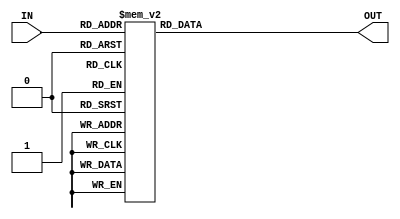
`timescale 1ns / 1ps

 


module DECODER (
input [3:0] IN,
output reg [15:0] OUT
);

localparam SORRYBUTSHIFTED= 16'b0000_0000_0000_0001;

always @(IN)begin

case(IN)

4'b0000: OUT=   SORRYBUTSHIFTED;
4'b0001: OUT=   SORRYBUTSHIFTED<<1;
4'b0010: OUT=   SORRYBUTSHIFTED<<2;
4'b0011: OUT=   SORRYBUTSHIFTED<<3;
4'b0100: OUT=   SORRYBUTSHIFTED<<4;
4'b0101: OUT=   SORRYBUTSHIFTED<<5;
4'b0110: OUT=   SORRYBUTSHIFTED<<6;
4'b0111: OUT=   SORRYBUTSHIFTED<<7;
4'b1000: OUT=   SORRYBUTSHIFTED<<8;
4'b1001: OUT=   SORRYBUTSHIFTED<<9;
4'b1010: OUT=  SORRYBUTSHIFTED<<10;
4'b1011: OUT=  SORRYBUTSHIFTED<<11;
4'b1100: OUT=  SORRYBUTSHIFTED<<12;
4'b1101: OUT=  SORRYBUTSHIFTED<<13;
4'b1110: OUT=  SORRYBUTSHIFTED<<14;
4'b1111: OUT=  SORRYBUTSHIFTED<<15;
endcase
end



endmodule